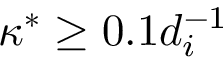
\kappa ^ { \ast } \geq 0 . 1 d _ { i } ^ { - 1 }